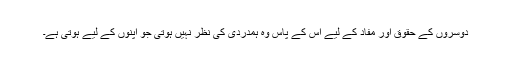
دوسروں کے حقوق اور مفاد کے لیے اس کے پاس وہ ہمدردی کی نظر نہیں ہوتی جو اپنوں کے لیے ہوتی ہے۔